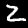
Label: 2